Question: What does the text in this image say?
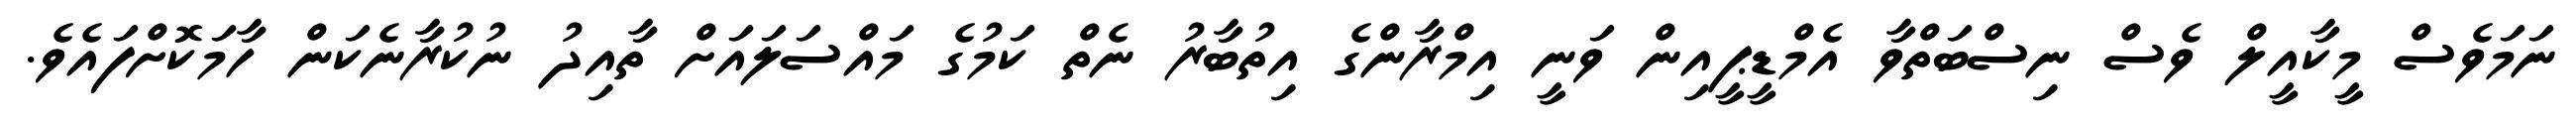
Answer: ނަމަވެސް މީކާއީލް ވެސް ނިސްބަތްވާ އެމްޑީޕީއިން ވަނީ އިމްރާންގެ އިތުބާރު ނެތް ކަމުގެ މައްސަލައަށް ތާއިދު ނުކުރާނެކަން ހާމަކޮށްފައެވެ.